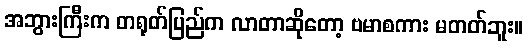
အဘွားကြီးက တရုတ်ပြည်က လာတာဆိုတော့ ဗမာစကား မတတ်ဘူး။